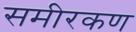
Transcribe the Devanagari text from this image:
समीरकण